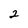
Character: 2